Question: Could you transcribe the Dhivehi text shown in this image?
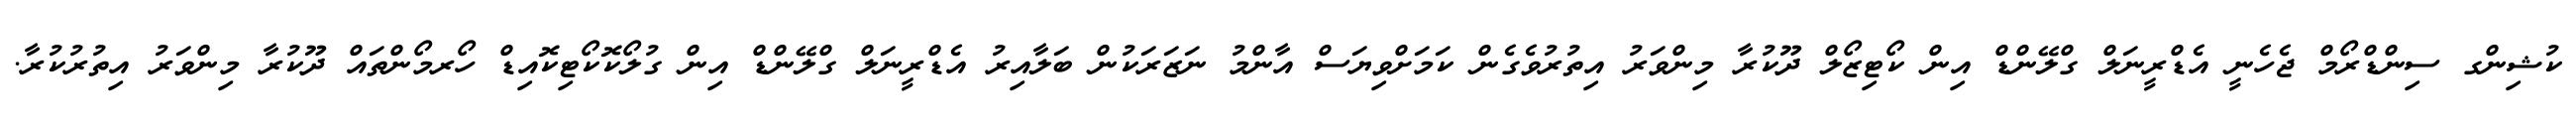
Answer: ކުޝިންގ ސިންޑްރޯމް ޖެހެނީ އެޑްރީނަލް ގްލޭންޑް އިން ކޯޓިޒޯލް ދޫކުރާ މިންވަރު އިތުރުވެގެން ކަމަށްވިޔަސް އާންމު ނަޒަރަކުން ބަލާއިރު އެޑްރީނަލް ގްލޭންޑް އިން ގުލޯކޮކޯޓިކޮއިޑް ހޯރމޯންތައް ދޫކުރާ މިންވަރު އިތުރުކުރާ.